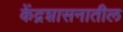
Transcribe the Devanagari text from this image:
केंद्रशासनातील